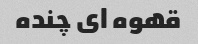
قهوه ای چنده